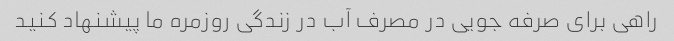
راهی برای صرفه جویی در مصرف آب در زندگی روزمره ما پیشنهاد کنید